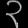
Digit: ၃